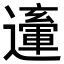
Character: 𨘙